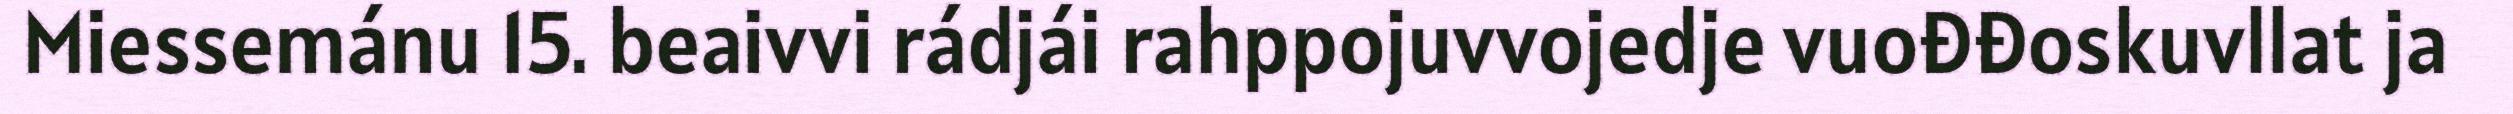
Miessemánu 15. beaivvi rádjái rahppojuvvojedje vuođđoskuvllat ja